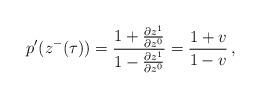
LaTeX: \begin{align*}p'(z^{-}(\tau) ) = \frac{1+\frac{\partial z^{1}}{\partial z^{0}}}{1-\frac{\partial z^{1}}{\partial z^{0}}} =\frac{1+v}{1-v} \,,\end{align*}